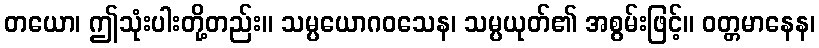
တယော၊ ဤသုံးပါးတို့တည်း။ သမ္ပယောဂဝသေန၊ သမ္ပယုတ်၏ အစွမ်းဖြင့်။ ဝတ္တမာနေန၊